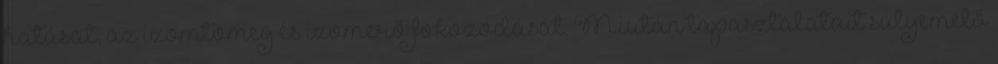
hatását, az izomtömeg és izomerő fokozódását. Miután tapasztalatait súlyemelő